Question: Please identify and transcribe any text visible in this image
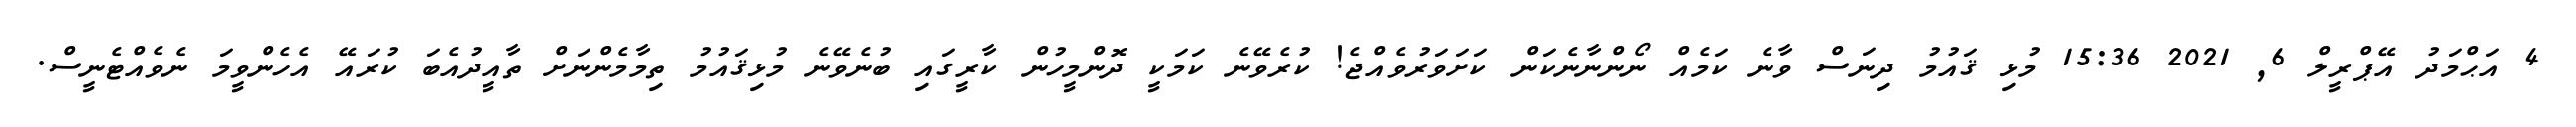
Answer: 4 އަޙްމަދު އޭޕްރީލް 6, 2021 15:36 މުޅި ޤައުމު ދިނަސް ވާނެ ކަމެއް ނޯންނާނެކަން ކަށަވަރުވެއްޖެ! ކުރެވޭނެ ކަމަކީ ދޮންމީހުން ކާރީގައި ބުނެވޭނެ މުޅިޤައުމު ތިމާމެންނަށް ތާއީދުއެބަ ކުރައޭ އެހެންވީމަ ނެވެއްޓެނީސް.